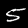
Digit: 5